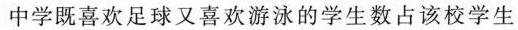
中学既喜欢足球又喜欢游泳的学生数占该校学生